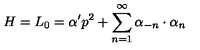
H = L _ { 0 } = \alpha ^ { \prime } p ^ { 2 } + \sum _ { n = 1 } ^ { \infty } \alpha _ { - n } \cdot \alpha _ { n }